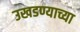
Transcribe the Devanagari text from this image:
उखडण्याच्या